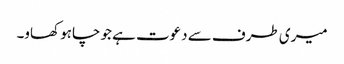
میری طرف سے دعوت ہے جو چاہو کھاو۔